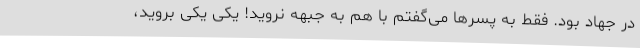
در جهاد بود. فقط به پسرها می‌گفتم با هم به جبهه نروید! یکی یکی بروید،